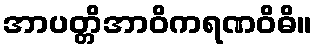
အာပတ္တိအာဝိကရဏဝိဓိ။